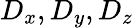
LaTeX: D_{x},D_{y},D_{z}